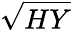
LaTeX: \sqrt{HY}